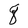
Character: q